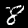
Digit: 8